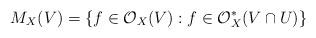
LaTeX: \begin{align*}M_X(V) = \{f \in \mathcal{O}_X(V): f \in \mathcal{O}^*_X(V \cap U)\}\end{align*}